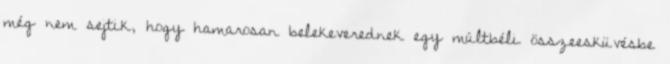
még nem sejtik, hogy hamarosan belekeverednek egy múltbéli összeesküvésbe